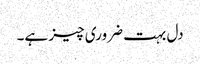
دل بہت ضروری چیز ہے۔